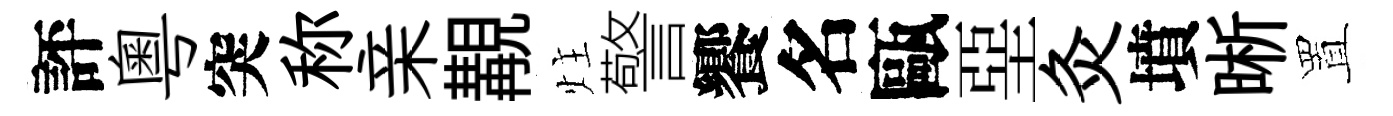
評粵突称亲覯炷警饗名甌堊灸墳晰置